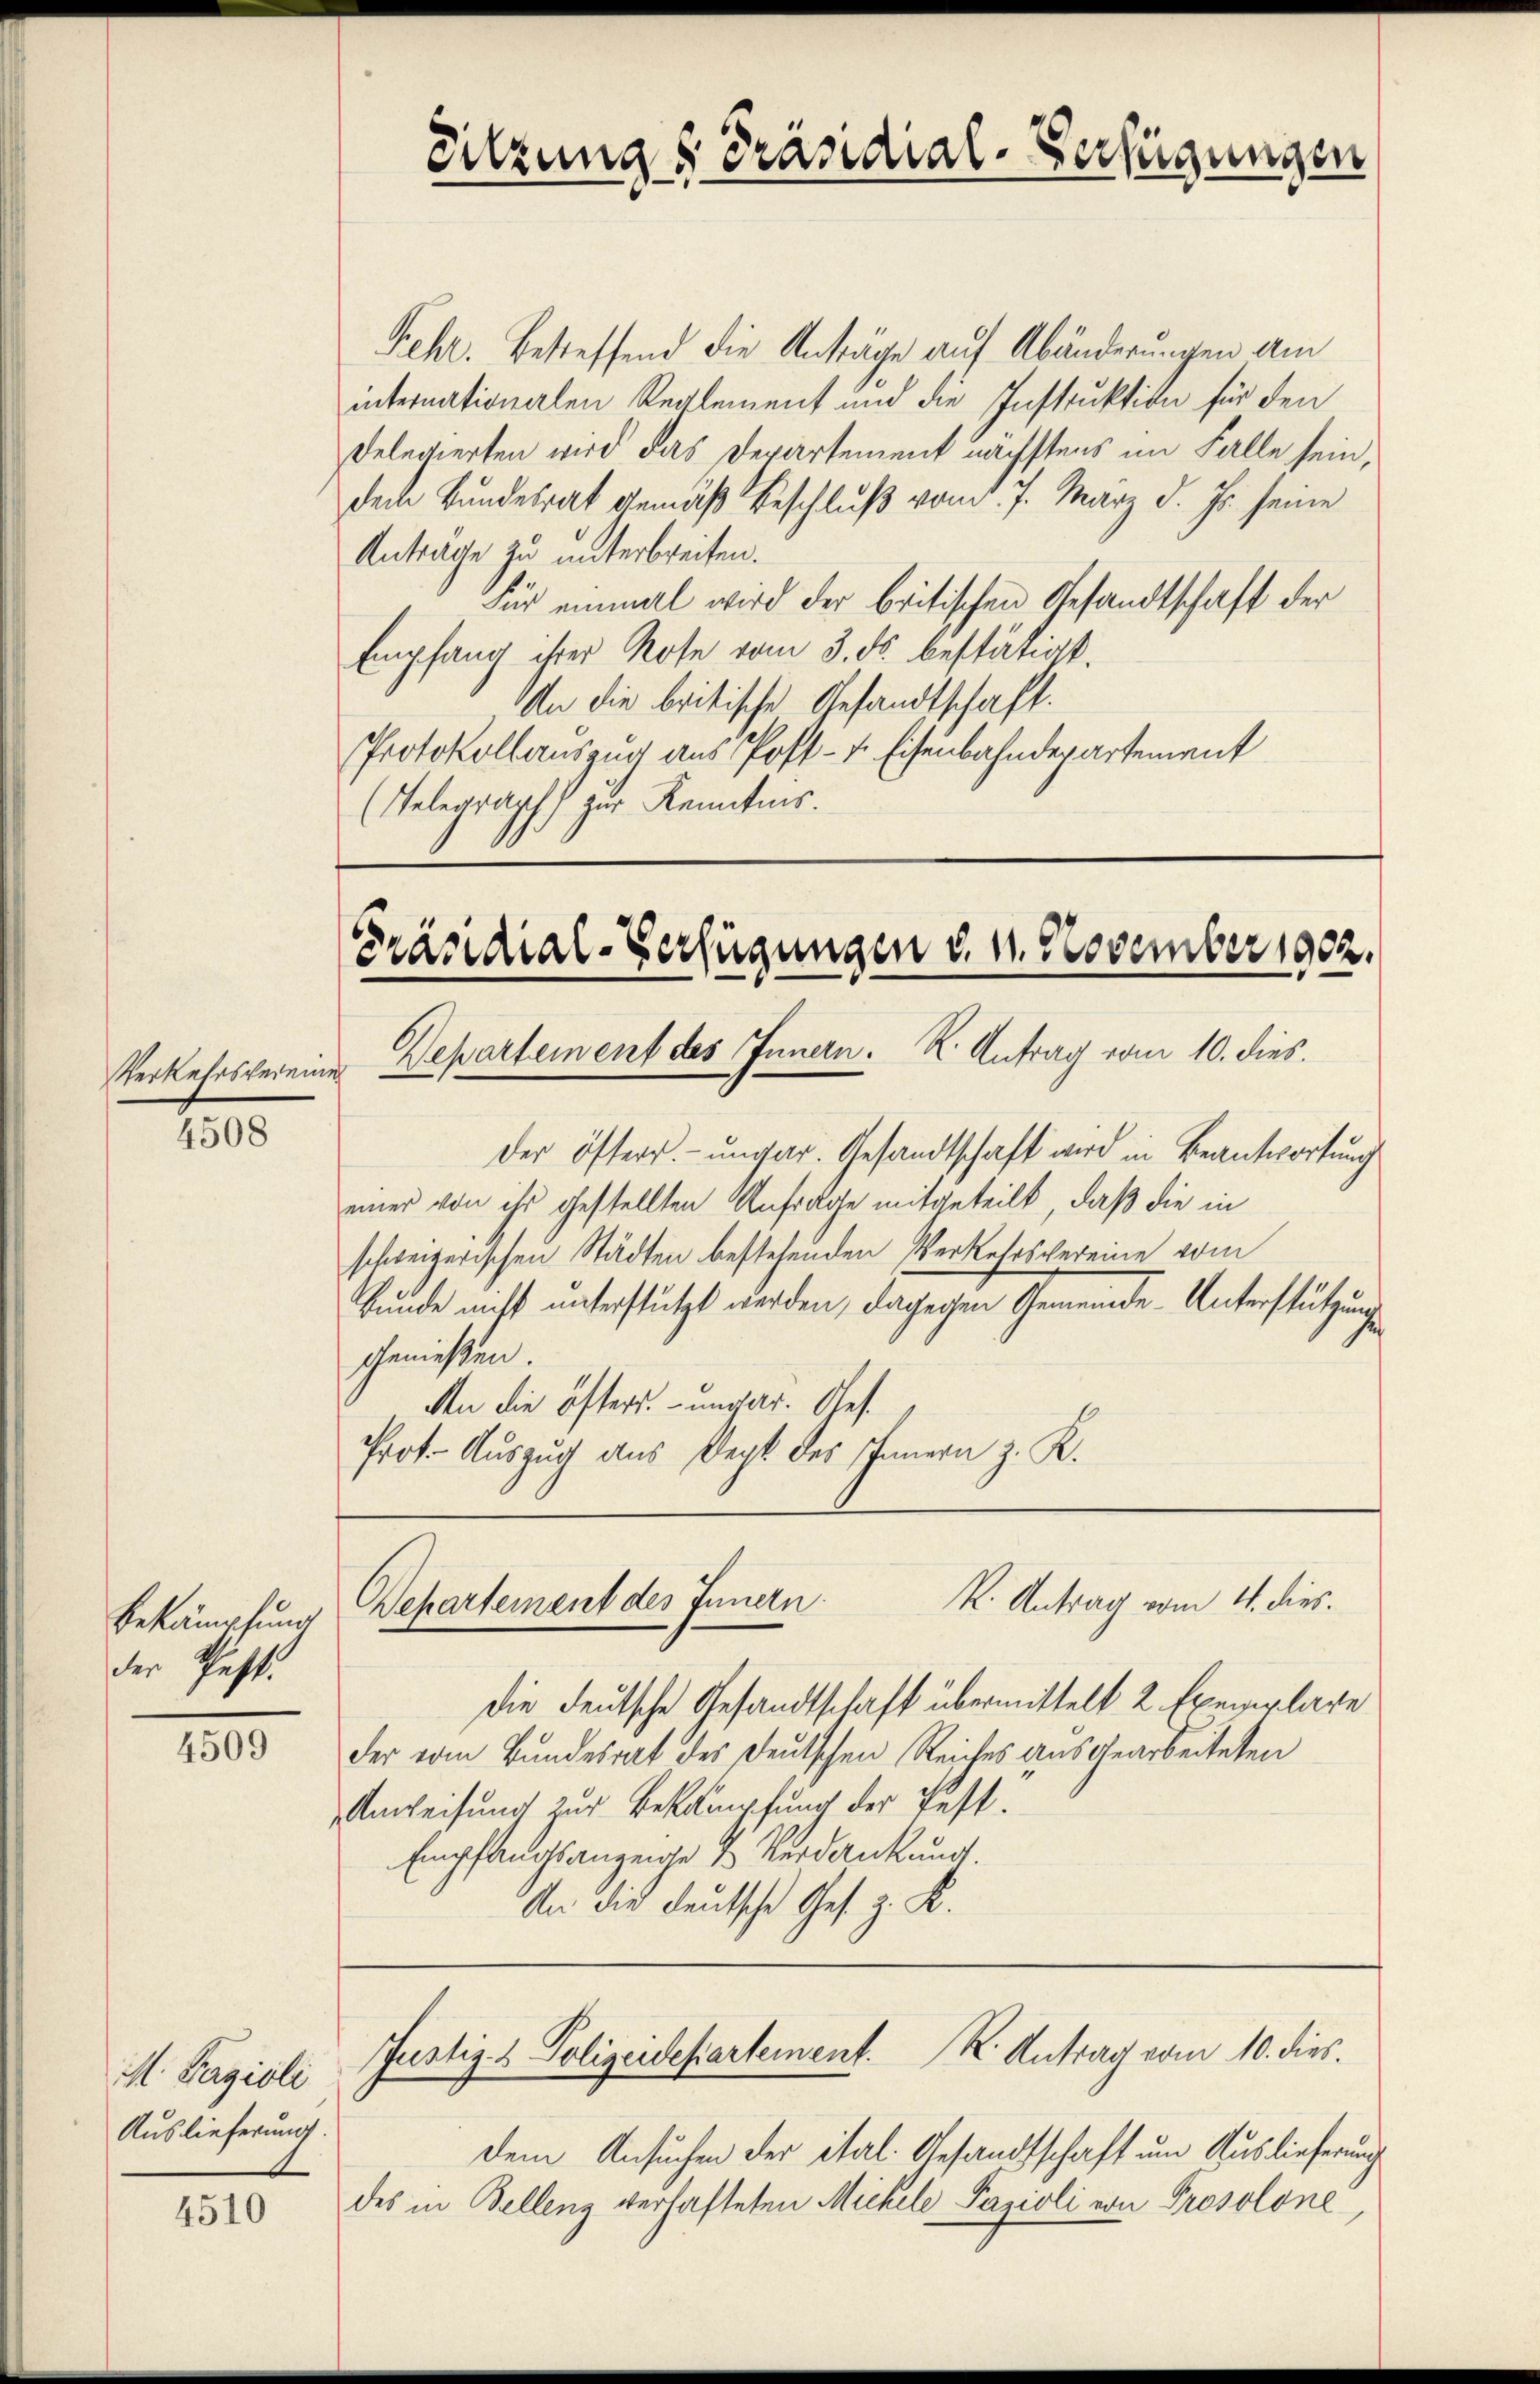
Verkehrsvereine

4508

Bekämpfung
der Schaft.

4509

M. Pagioli
Auslieferung.

4510

Rehr. Betreffend die Anträge auf Abänderungen am
internationalen Reglement und die Instruktion für den
Delegierten wird das Departement nächstens im Falle seindem Bundesrat gemäß Beschluß vom 7. März d. Js. seine
Antrage zu unterbreiten.
Für einmal wird der britischen Gesandtschaft der
Empfang ihrer Rote vom 3. ds. bestätigt.
An die britische Gesandtschaft.
Protokollauszug aus Post- u. Eisenbahnderartement
(Telegraphs zur Kenntnis.

Präsidial-Verfügungen v. 1. November 1902.
Departement des Innern. K. Antrag vom 10. dies.

der österr. ungar. Gesandtschaft wird in Beantwortung
einer von ihr gestellten Anfrage mitgeteilt, daß die in
schweizerischen Städten bestehenden Verkehrsvereine vom
kunde nicht unterstützt werden, dagegen Gemeinde-Unterstützungsgenießen.
An die öfters. - ungar. Ges.
Prof. Auszug aus Degt des Innern z. K.

Sitzungs Präsidial-Verfügungen

die deutsche Gesandtschaft übermittelt, 2 Exemplare
der vom Bundesrat des Deutschen Reiches ausgearbeiteten
Anweisung zur Bekämpfung der fest.
Empfangsangende u Verdankung.
An die deutsche Ges. z. K.

dem Ansuchen der ital. Gesandtschaft um Auslieferung
des in Bellenz verhafteten Michele Pazioli von Prosolone,

K. Antrag vom 4. dies
Wepartement des Innern.

Justiz- & Polizeidepartement. K. Antrag vom 10. dies.